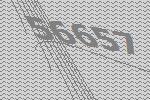
56657